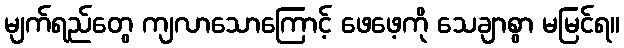
မျက်ရည်တွေ ကျလာသောကြောင့် ဖေဖေ့ကို သေချာစွာ မမြင်ရ။